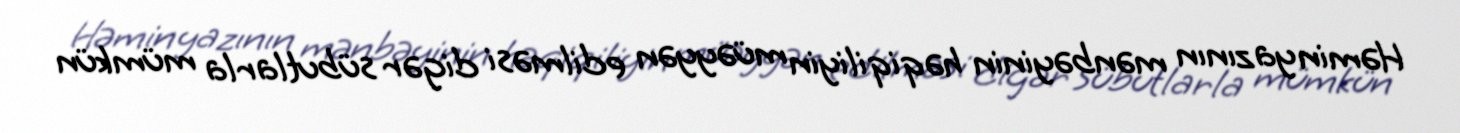
Həmin yazının mənbəyinin həqiqiliyin müəyyən edilməsi digər sübutlarla mümkün